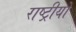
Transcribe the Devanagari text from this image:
राष्ट्रीयों